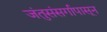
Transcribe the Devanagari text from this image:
जंतुसंसर्गापासून